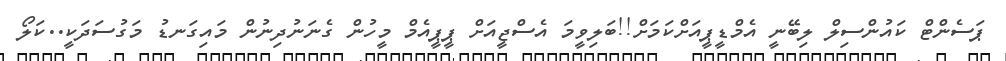
ޕަސެންޓް ކައުންސިލް ލިބޭނީ އެމްޑީޕީއަށްކަމަށް!!ބަލިވީމަ އެސްޖީއަށް ޕީޕީއެމް މީހުން ގެނަނުދިނުން މައިގަނޑު މަގުސަދަކީ..ކަލޯ